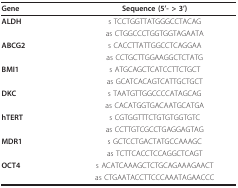
<table><thead><tr><td><b>Gene</b></td><td><b>Sequence (5&#x27;- &gt; 3&#x27;)</b></td></tr></thead><tbody><tr><td><b>ALDH</b></td><td>s TCCTGGTTATGGGCCTACAG</td></tr><tr><td></td><td>as CTGGCCCTGGTGGTAGAATA</td></tr><tr><td><b>ABCG2</b></td><td>s CACCTTATTGGCCTCAGGAA</td></tr><tr><td></td><td>as CCTGCTTGGAAGGCTCTATG</td></tr><tr><td><b>BMI1</b></td><td>s ATGCAGCTCATCCTTCTGCT</td></tr><tr><td></td><td>as GCATCACAGTCATTGCTGCT</td></tr><tr><td><b>DKC</b></td><td>s TAATGTTGGCCCCATAGCAG</td></tr><tr><td></td><td>as CACATGGTGACAATGCATGA</td></tr><tr><td><b>hTERT</b></td><td>s CGTGGTTTCTGTGTGGTGTC</td></tr><tr><td></td><td>as CCTTGTCGCCTGAGGAGTAG</td></tr><tr><td><b>MDR1</b></td><td>s GCTCCTGACTATGCCAAAGC</td></tr><tr><td></td><td>as TCTTCACCTCCAGGCTCAGT</td></tr><tr><td><b>OCT4</b></td><td>s ACATCAAAGCTCTGCAGAAAGAACT</td></tr><tr><td></td><td>as CTGAATACCTTCCCAAATAGAACCC</td></tr></tbody></table>